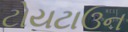
ટોયટાઉન